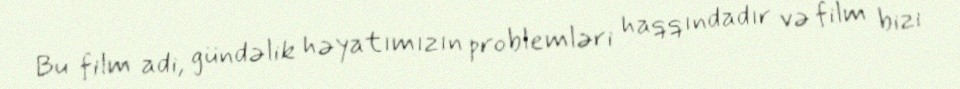
Bu film adi, gündəlik həyatımızın problemləri haqqındadır və film bizi